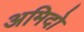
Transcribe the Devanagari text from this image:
अमिदो